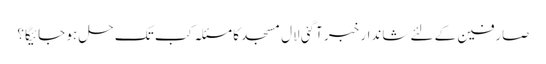
صارفین کے لئے شاندار خبر آگئی لال مسجد کا مسئلہ کب تک حل ہو جائیگا؟